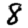
Digit: 8